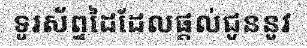
ទូរស័ព្ទដៃដែលផ្តល់ជូននូវ